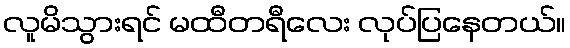
လူမိသွားရင် မထီတရီလေး လုပ်ပြနေတယ်။